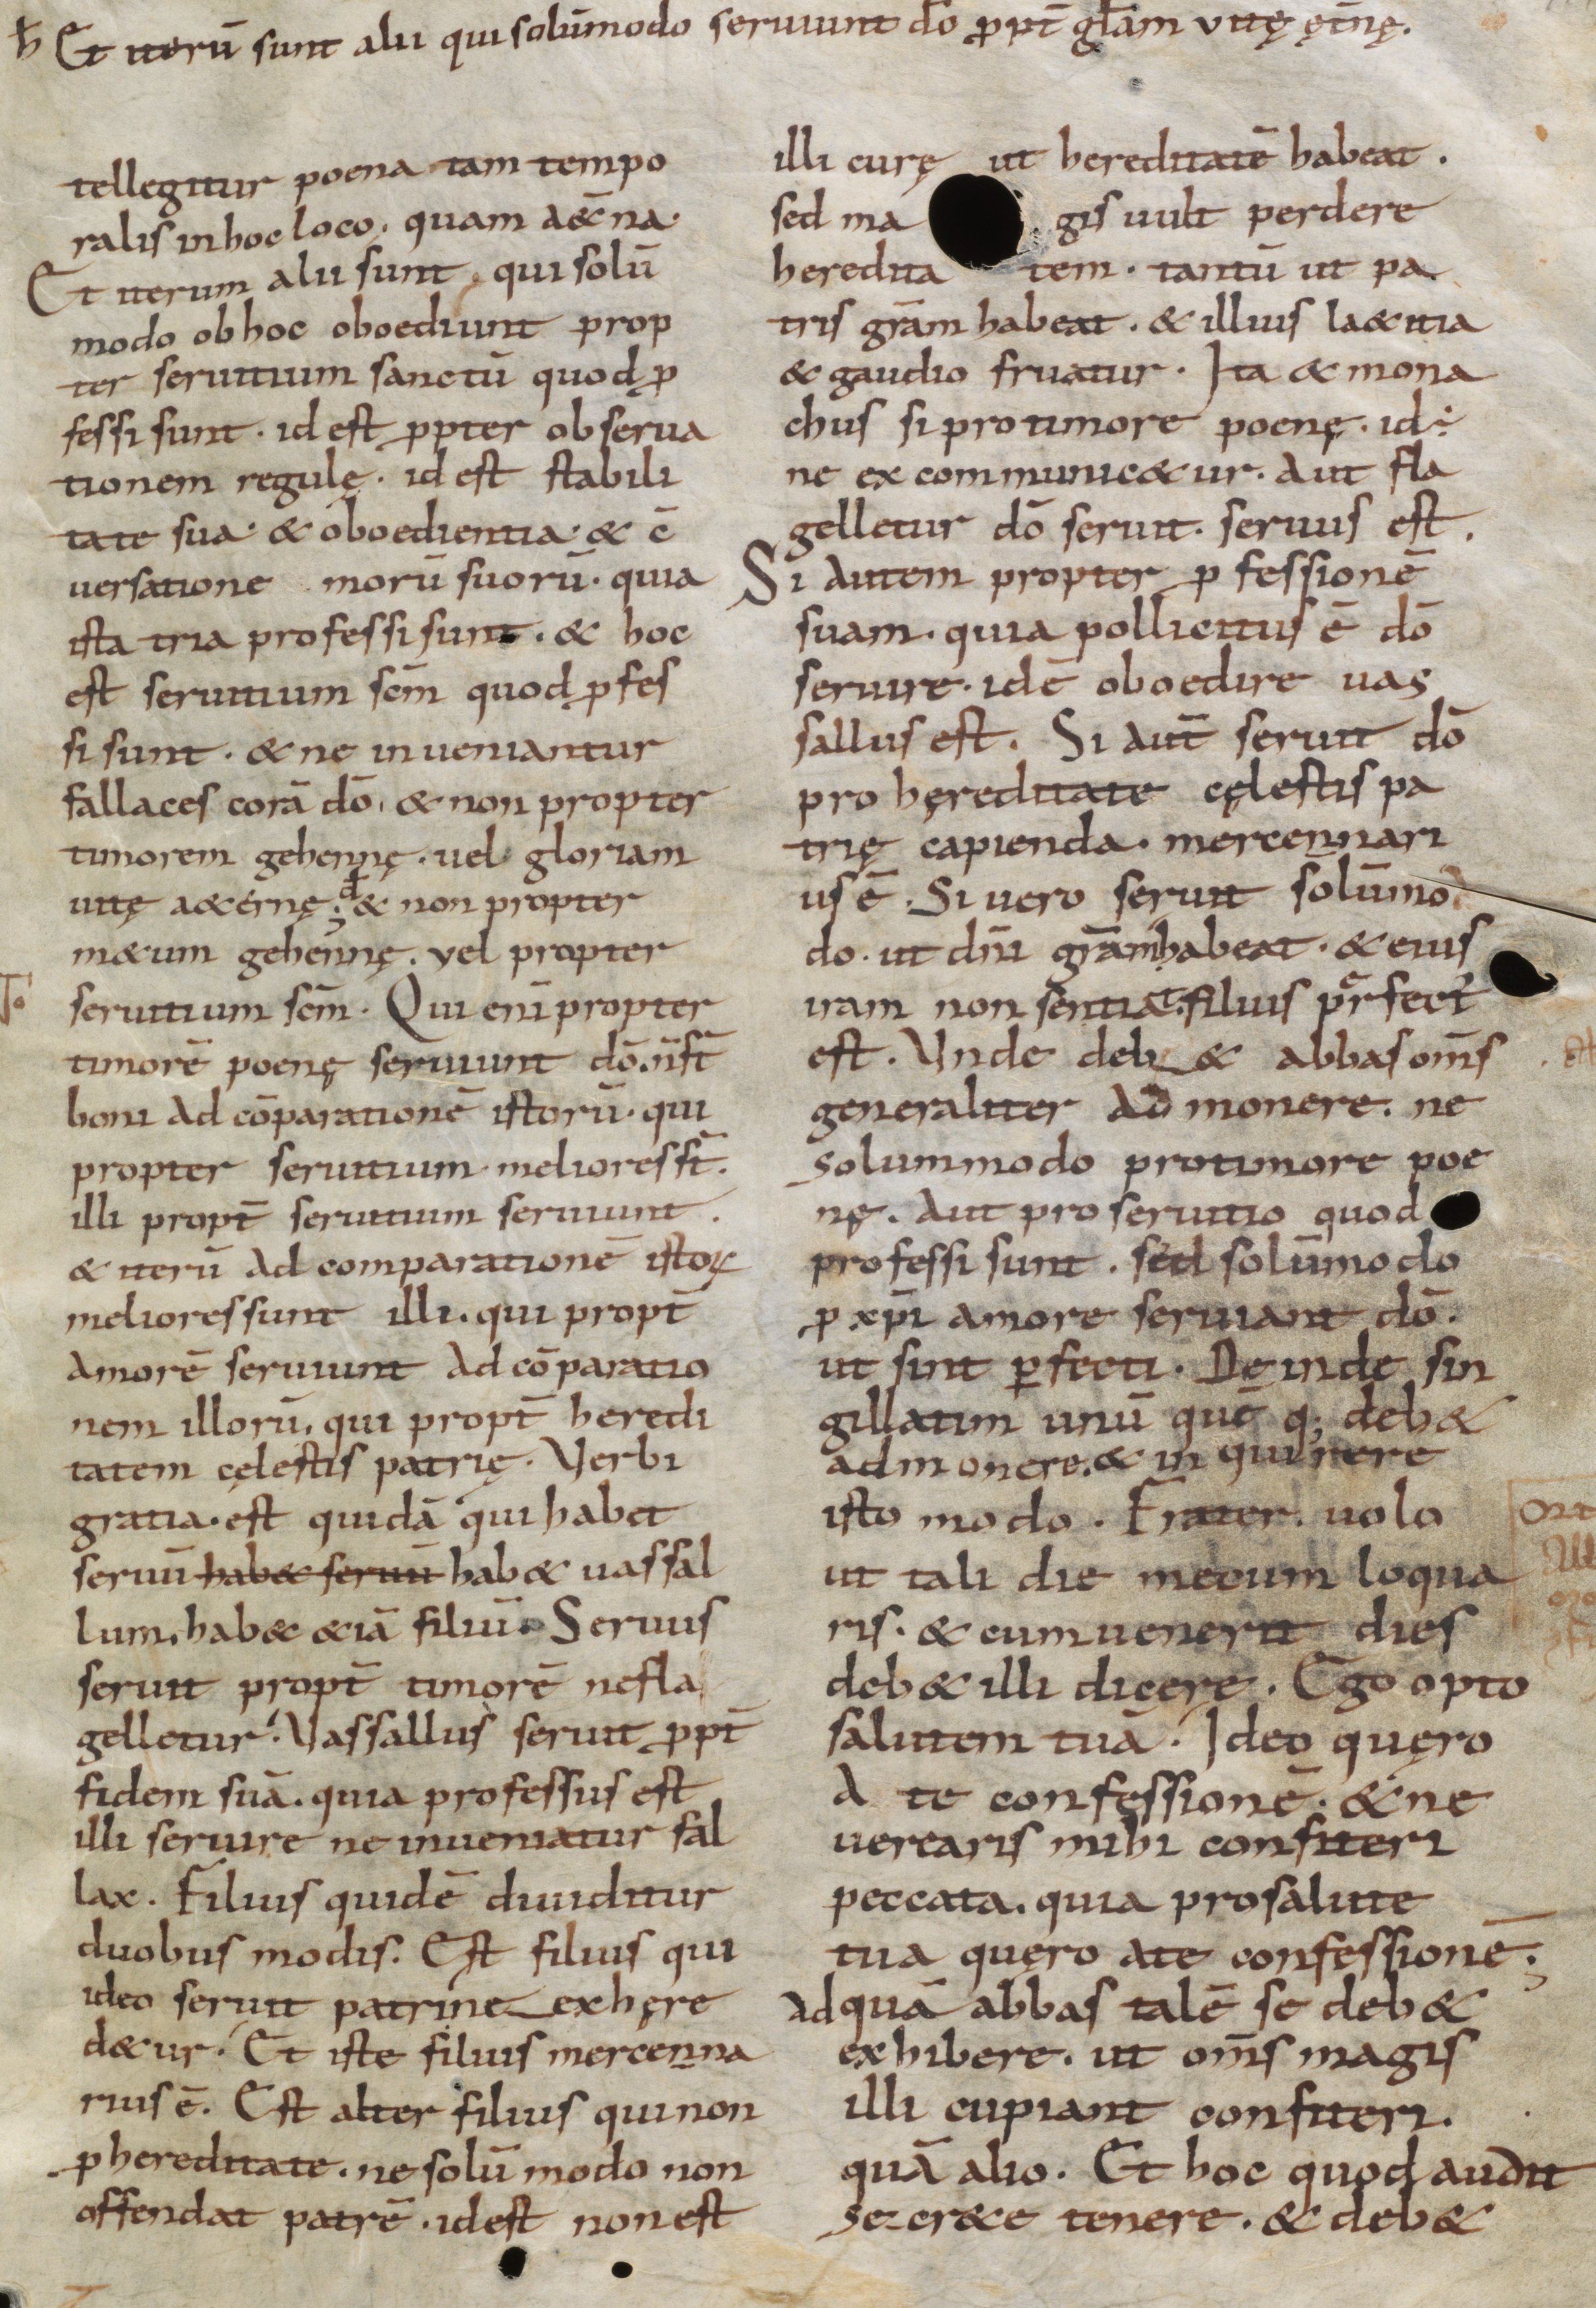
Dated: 800–999